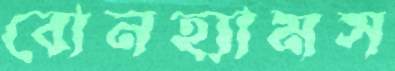
বোনহ্যামস